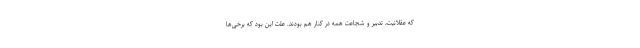
که عقلانیت، تدبیر و شجاعت همه در کنار هم بودند. علت این بود که برخی‌ها